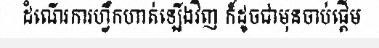
ដំណើរការហ្វឹកហាត់ឡើងវិញ ក៏ដូចជាមុនចាប់ផ្តើម